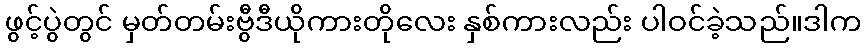
ဖွင့်ပွဲတွင် မှတ်တမ်းဗွီဒီယိုကားတိုလေး နှစ်ကားလည်း ပါဝင်ခဲ့သည်။ဒါက